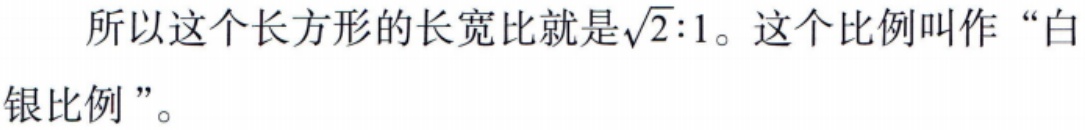
所以这个长方形的长宽比就是\(\sqrt{2}:1\)。这个比例叫作“白银比例”。